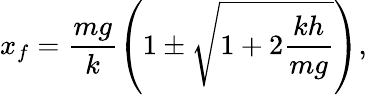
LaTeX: x_{f}=\frac{mg}{k}\left(1\pm\sqrt{1+2\frac{kh}{mg}}\right),